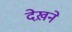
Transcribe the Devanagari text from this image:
देख़ने